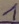
Text: 1